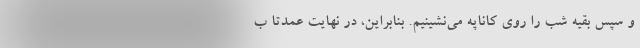
و سپس بقیه شب را روی کاناپه می‌نشینیم. بنابراین، در نهایت عمدتا ب